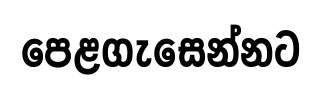
පෙළගැසෙන්නට